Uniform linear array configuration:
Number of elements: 32
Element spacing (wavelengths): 0.75
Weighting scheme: blackman
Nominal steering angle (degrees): -15
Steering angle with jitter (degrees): -16.701
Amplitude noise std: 0.05
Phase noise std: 0.05

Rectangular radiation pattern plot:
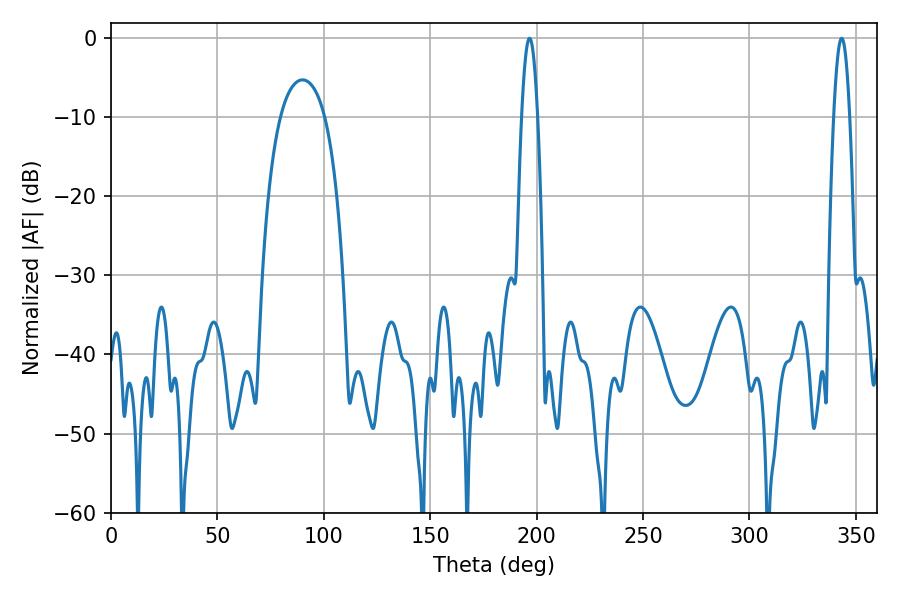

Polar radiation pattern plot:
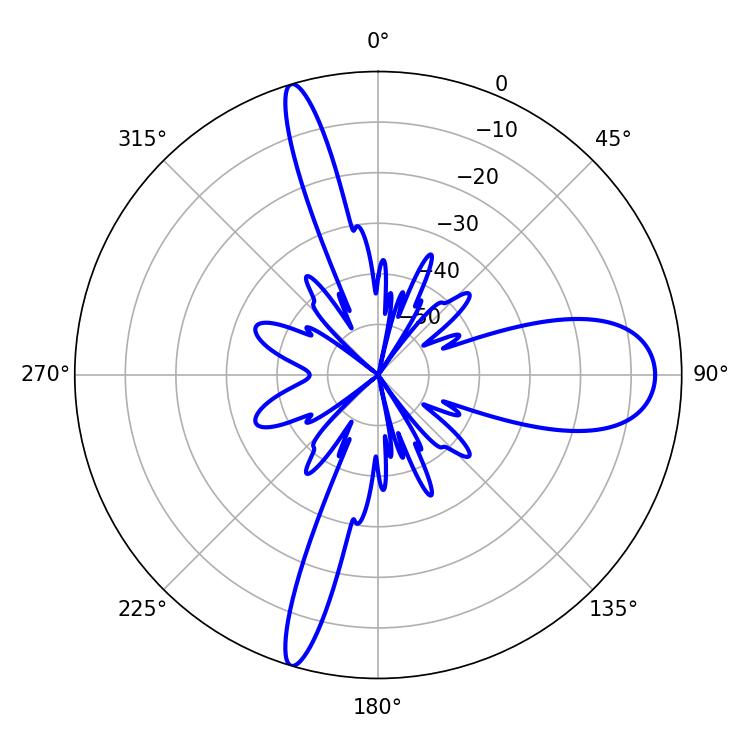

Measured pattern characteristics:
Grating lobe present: TRUE
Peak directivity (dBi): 16.495
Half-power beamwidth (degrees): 4.14
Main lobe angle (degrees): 343.26